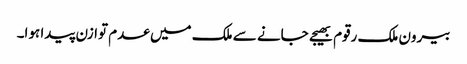
بیرون ملک رقوم بھیجے جانے سے ملک میں عدم توازن پیدا ہوا۔